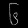
Digit: ၆